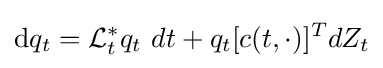
\mathrm {d} q_{t}={\cal {L}}_{t}^{*}q_{t}\ dt+q_{t}[c(t,\cdot )]^{T}dZ_{t}